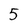
Character: 5